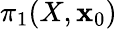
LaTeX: \pi_{1}(X,\mathbf{x}_{0})